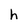
Character: h